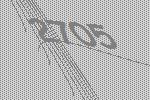
2705